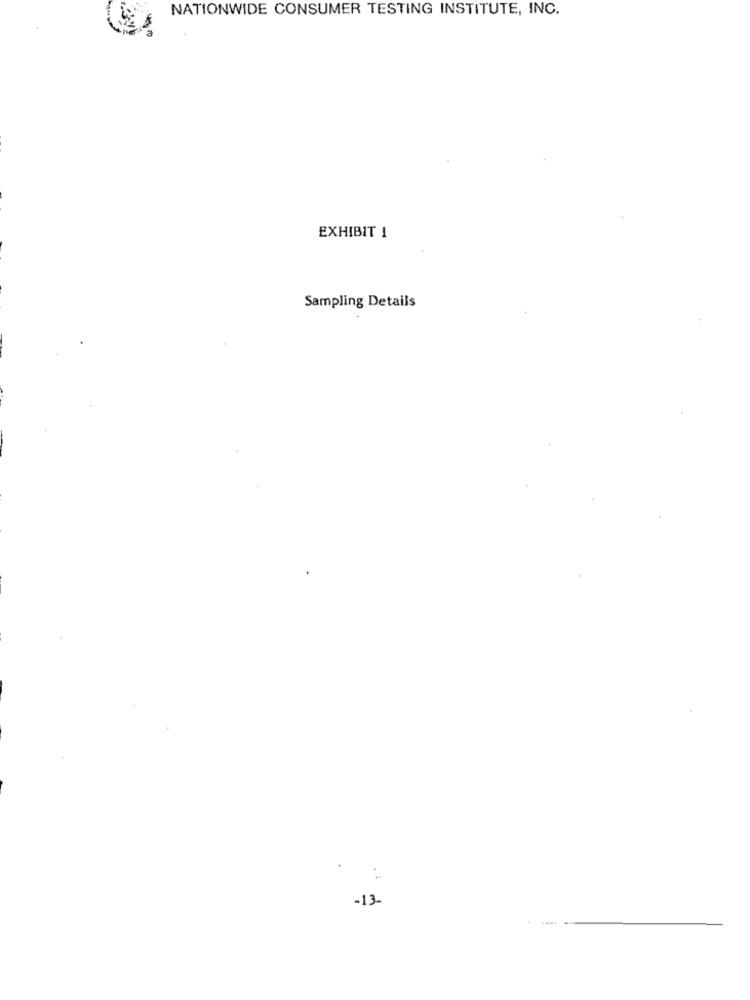
NATIONWIDE CONSUMER TESTING INSTITUTE, INC.
EXHIBIT 1
Sampling Details
-13